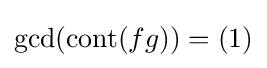
\gcd(\operatorname {cont} (fg))=(1)